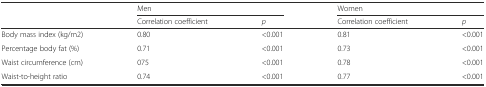
|  | <COLSPAN=2> Men | <COLSPAN=2> Women |
 |  | Correlation coefficient | p | Correlation coefficient | p |
 | --- | --- | --- | --- | --- |
 | Body mass index (kg/m2) | 0.80 | <0.001 | 0.81 | <0.001 |
 | Percentage body fat (%) | 0.71 | <0.001 | 0.73 | <0.001 |
 | Waist circumference (cm) | 075 | <0.001 | 0.78 | <0.001 |
 | Waist-to-height ratio | 0.74 | <0.001 | 0.77 | <0.001 |